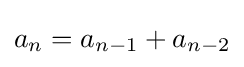
a_{n}=a_{n-1}+a_{n-2}